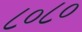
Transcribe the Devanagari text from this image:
८०८०